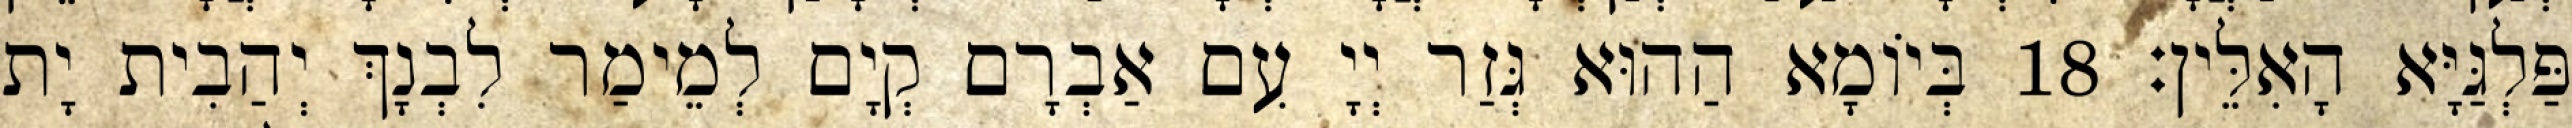
פַּלְגַּיָּא הָאִלֵּין׃ 18 בְּיוֹמָא הַהוּא גְּזַר יְיָ עִם אַבְרָם קְיָם לְמֵימַר לִבְנָךְ יְהַבִית יָת